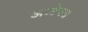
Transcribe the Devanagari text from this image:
अज्टेक्स